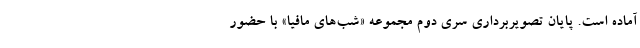
آماده است. پایان تصویربرداری سری دوم مجموعه «شب‌های مافیا» با حضور